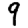
Digit: 9